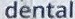
dental